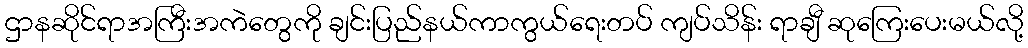
ဌာနဆိုင်ရာအကြီးအကဲတွေကို ချင်းပြည်နယ်ကာကွယ်ရေးတပ် ကျပ်သိန်း ရာချီ ဆုကြေးပေးမယ်လို့